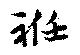
袵